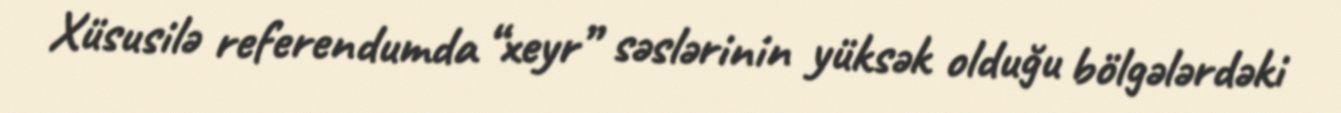
Xüsusilə referendumda “xeyr” səslərinin yüksək olduğu bölgələrdəki